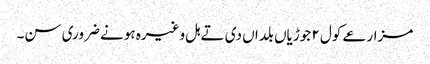
مزارعے کول ٢ جوڑیاں بلداں دی تے ہل وغیرہ ہونے ضروری سن۔